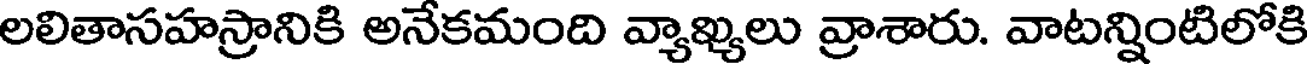
లలితాసహస్రానికి అనేకమంది వ్యాఖ్యలు వ్రాశారు. వాటన్నింటిలోకి